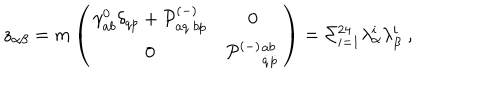
z _ { \alpha \beta } = m \left( \begin{matrix} { { \gamma _ { a b } ^ { 0 } \delta _ { q p } + { \cal P } _ { a q ~ b p } ^ { ( - ) } } } & { { 0 } } \\ { { 0 } } & { { { \cal P } ^ { ( - ) } { } _ { \dot { q } \dot { p } } ^ { a b } } } \\ \end{matrix} \right) = \Sigma _ { i = 1 } ^ { 2 4 } \lambda _ { \alpha } ^ { i } \lambda _ { \beta } ^ { i } \; ,